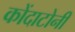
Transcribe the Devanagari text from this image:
कोंदाटोनी